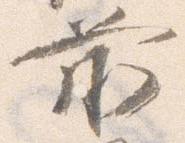
前